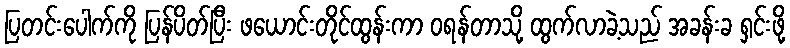
ပြတင်းပေါက်ကို ပြန်ပိတ်ပြီး ဖယောင်းတိုင်ထွန်းကာ ဝရန်တာသို့ ထွက်လာခဲ့သည် အခန်းခ ရှင်းဖို့